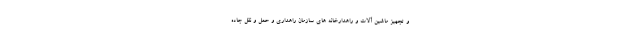
و تجهیز ماشین آلات و راهدارخانه های سازمان راهداری و حمل و نقل جاده